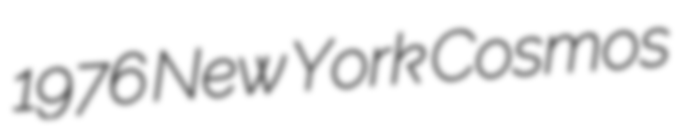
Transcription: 1976 New York Cosmos